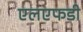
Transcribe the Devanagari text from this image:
एलएफडी